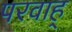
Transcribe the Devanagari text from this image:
परवाह्